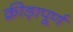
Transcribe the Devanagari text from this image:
क्रीड़ापूर्ण